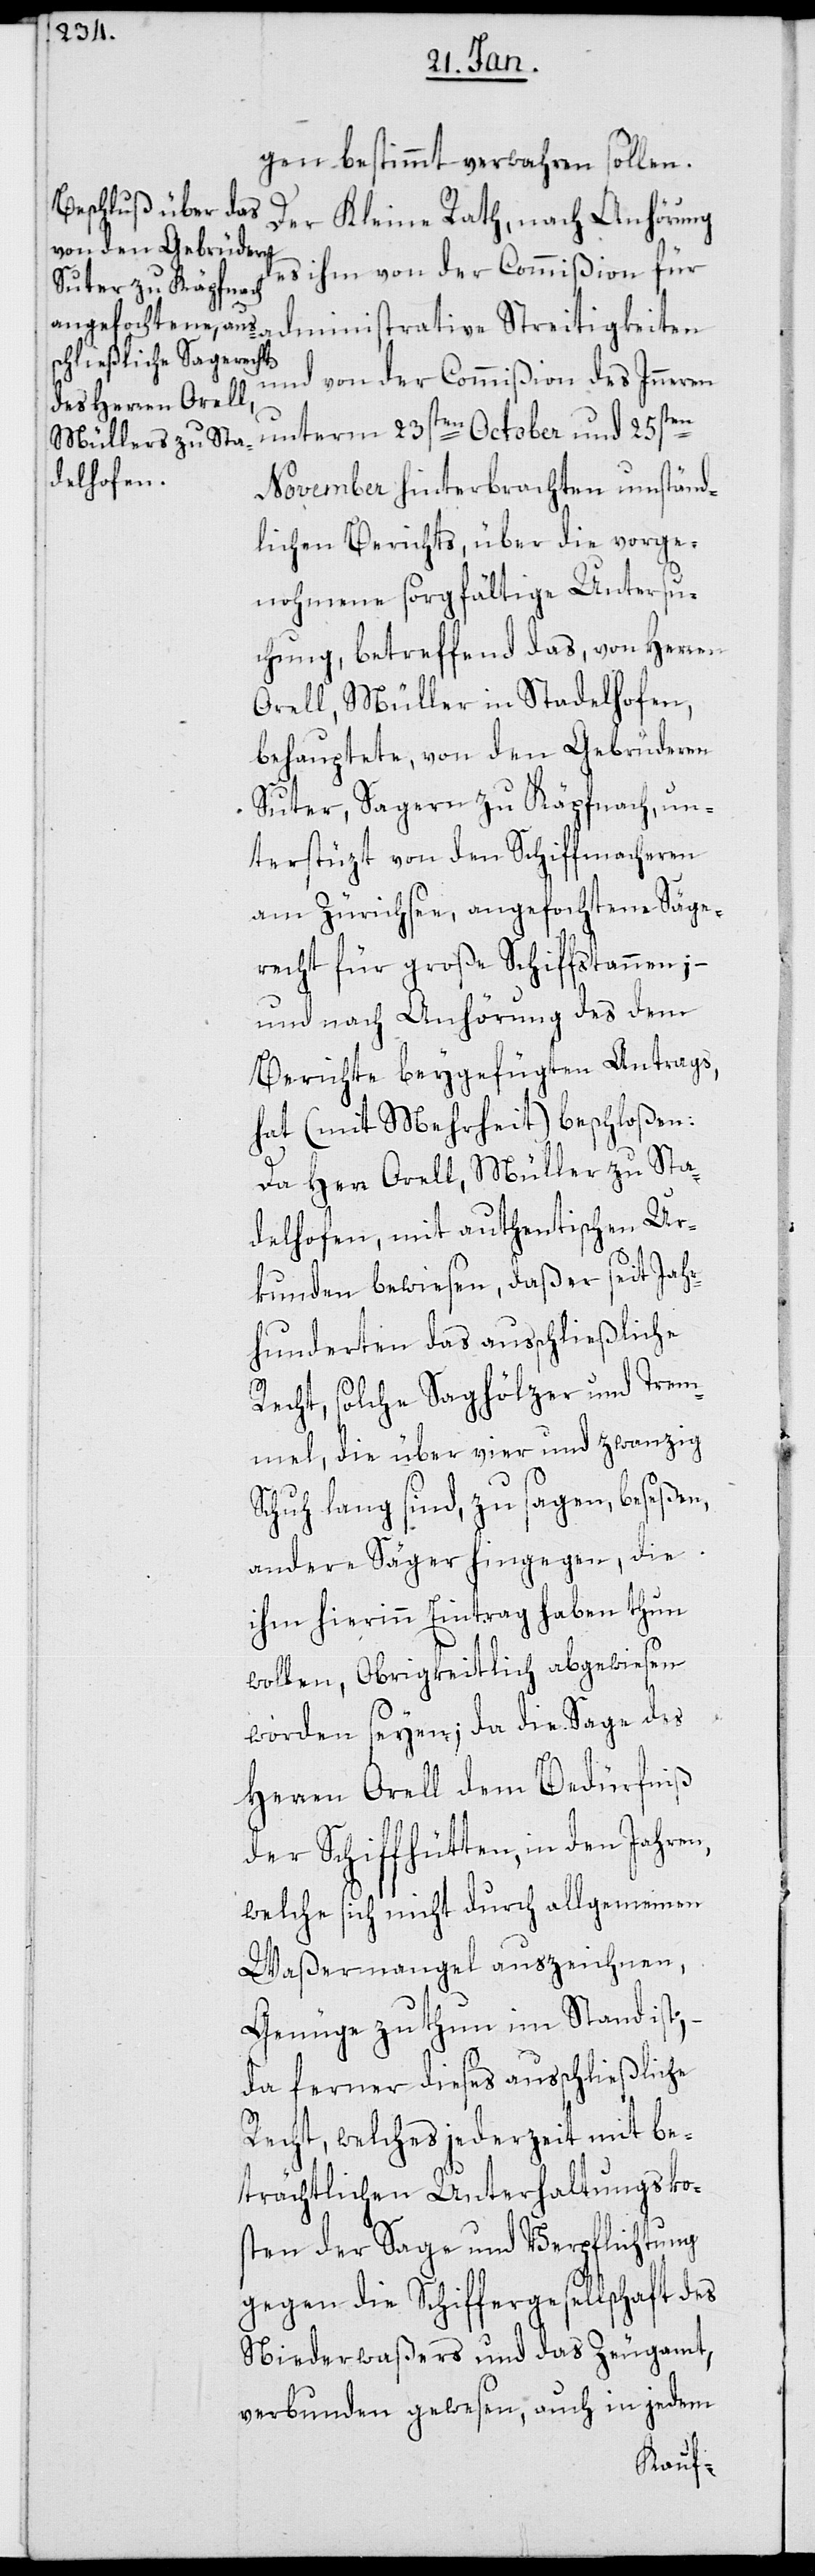
gen bestimmt verwahren sollen.
Der Kleine Rath, nach Anhörung
des ihm von der Commißion für
administrative Streitigkeiten
und von der Commißion des Inneren
unterm 23sten October und 25sten
November hinterbrachten umständ¬
lichen Berichts, über die vorge¬
nohmene sorgfältige Untersu¬
chung, betreffend das, von Herren
Orell, Müller zu Stadelhofen
behauptete, von den Gebrüderen
Suter, Sagern zu Käpfnach, un¬
terstüzt von den Schiffmacheren
am Zürichsee, angefochtene Säge¬
recht für große Schiffstannen; –
und nach Anhörung des dem
Berichte beygefügten Antrags,
hat (mit Mehrheit) beschloßen:
Da Herr Orell, Müller zu Sta¬
delhofen, mit authentischen Ur¬
kunden bewiesen, daß er seit Jahr¬
hunderten das ausschließliche
Recht, solche Saghölzer und Trem¬
mel, die über vier und zwanzig
Schuh lang sind, zu sagen, beseßen,
andere Säger hingegen, die
ihm hierinn Eintrag haben thun
wollen, Obrigkeitlich abgewiesen
worden seyen; da die Sage des
Herren Orell dem Bedürfniß
der Schiffhütten in den Jahren,
welche sich nicht durch allgemeinen
Waßermangel auszeichnen,
Genüge zu thun im Stand ist, –
da ferner dieses ausschließliche
Recht, welches jederzeit mit be¬
trächtlichen Unterhaltungsko¬
sten der Sage und Verpflichtung
gegen die Schiffergesellschaft des
Niederwaßers und das Zeugamt,
verbunden gewesen, auch in jedem